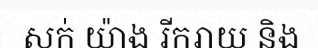
សក់ យ៉ាង រីករាយ និង